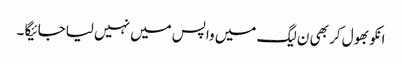
انکو بھول کر بھی ن لیگ میں واپس میں نہیں لیاجائیگا ۔